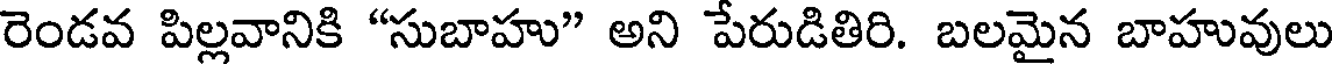
రెండవ పిల్లవానికి "సుబాహు" అని పేరుడితిరి. బలమైన బాహువులు